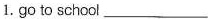
1. go to school ___